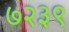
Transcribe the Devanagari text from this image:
७२३९